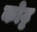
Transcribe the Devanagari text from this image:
कोट्ट